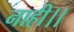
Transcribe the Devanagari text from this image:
नाही।।